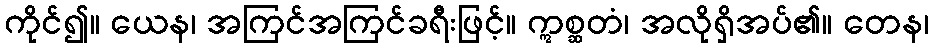
ကိုင်၍။ ယေန၊ အကြင်အကြင်ခရီးဖြင့်။ ဣစ္ဆတံ၊ အလိုရှိအပ်၏။ တေန၊